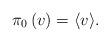
LaTeX: \begin{align*}\pi_0\left(v\right)=\langle{v}\rangle. \end{align*}